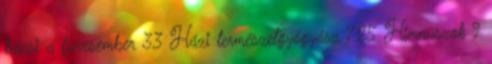
bácsi a füvesember 33 Házi természetgyógyász 725 Himnuszok 9